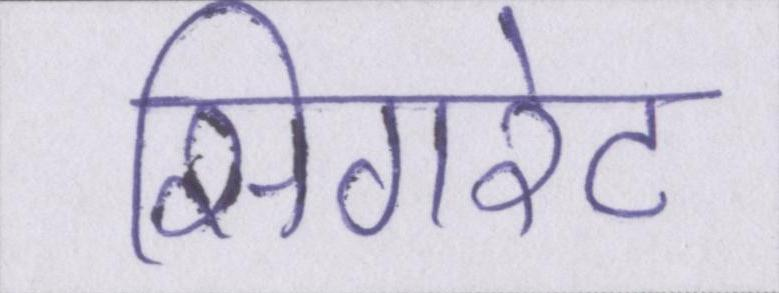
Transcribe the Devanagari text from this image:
सिगरेट